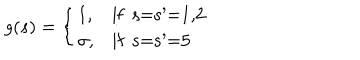
g ( s ) = \left\{ \begin{array} { l l } { { 1 , } } & { { \mathrm { i f ~ s = s ^ { \prime } = 1 , 2 ~ } } } \\ { { \sigma , } } & { { \mathrm { i f ~ s = s ^ { \prime } = 5 ~ } } } \\ \end{array} \right.